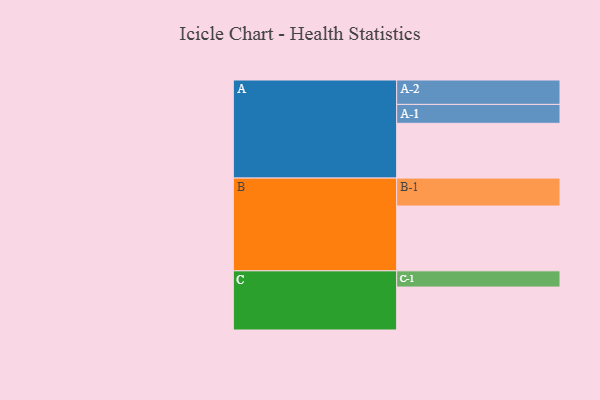
{"axis": {"x": "Segment", "y": "Value"}, "legend": ["", "A", "B", "C"], "data": [{"x": "A", "y": 449, "type": ""}, {"x": "B", "y": 531, "type": ""}, {"x": "C", "y": 352, "type": ""}, {"x": "A-1", "y": 155, "type": "A"}, {"x": "A-2", "y": 200, "type": "A"}, {"x": "B-1", "y": 229, "type": "B"}, {"x": "C-1", "y": 133, "type": "C"}]}